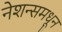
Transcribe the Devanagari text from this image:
नेशन्समधून